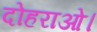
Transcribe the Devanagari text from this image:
दोहराओ।